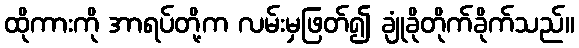
ထိုကားကို အာရပ်တို့က လမ်းမှဖြတ်၍ ချုံခိုတိုက်ခိုက်သည်။